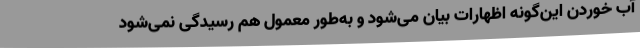
آب خوردن این‌گونه اظهارات بیان می‌شود و به‌طور معمول هم رسیدگی نمی‌شود